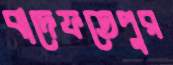
বাদেফতেপুর